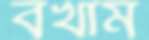
বখাম